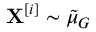
\mathbf { X } ^ { [ i ] } \sim \tilde { \mu } _ { G }